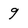
Character: 9